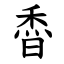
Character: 稥